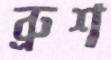
ব্রুশ